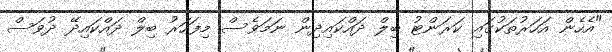
"އެހެން އަހަރުތަކުގައި ކަރަންޓު ބިލް ދައްކައިދިން ނަމަވެސް މިފަހަރު ބިލް ދައްކައިދޭ ދުވަސް